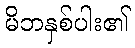
မိဘနှစ်ပါး၏